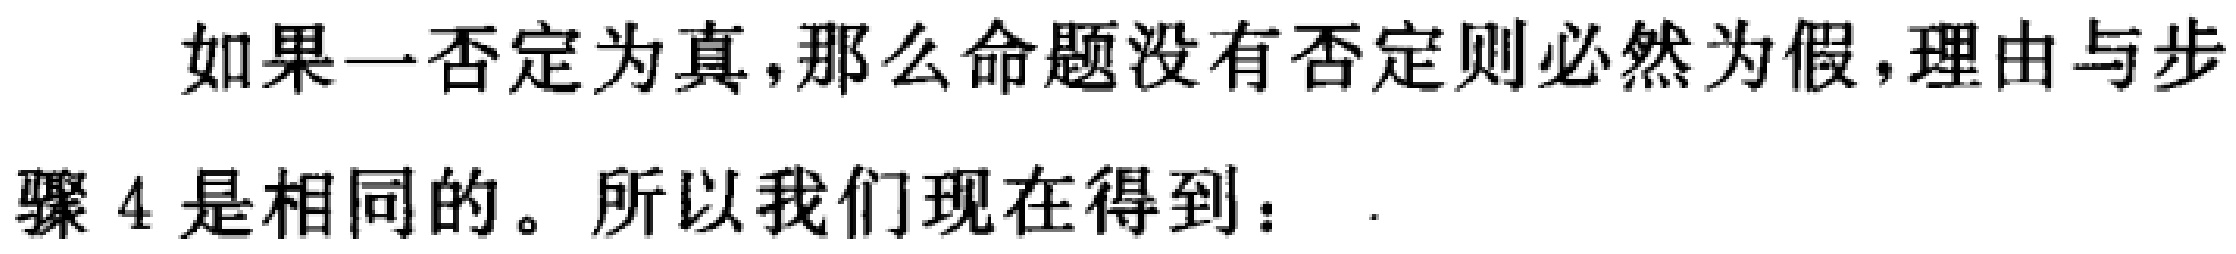
如果一否定为真,那么命题没有否定则必然为假,理由与步骤 4 是相同的。所以我们现在得到： .